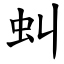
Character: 虯